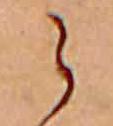
ら